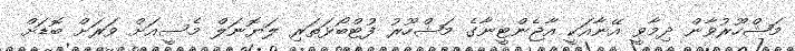
މަޝްހޫރުވާން ދިމާވީ އޭނާއަކީ އާޖެންޓީނާގެ މަޝްހޫރު ފުޓްބޯޅަތަރި ލަޔޮނަލް މެސީއަށް ވަރަށް ބޮޑަށް